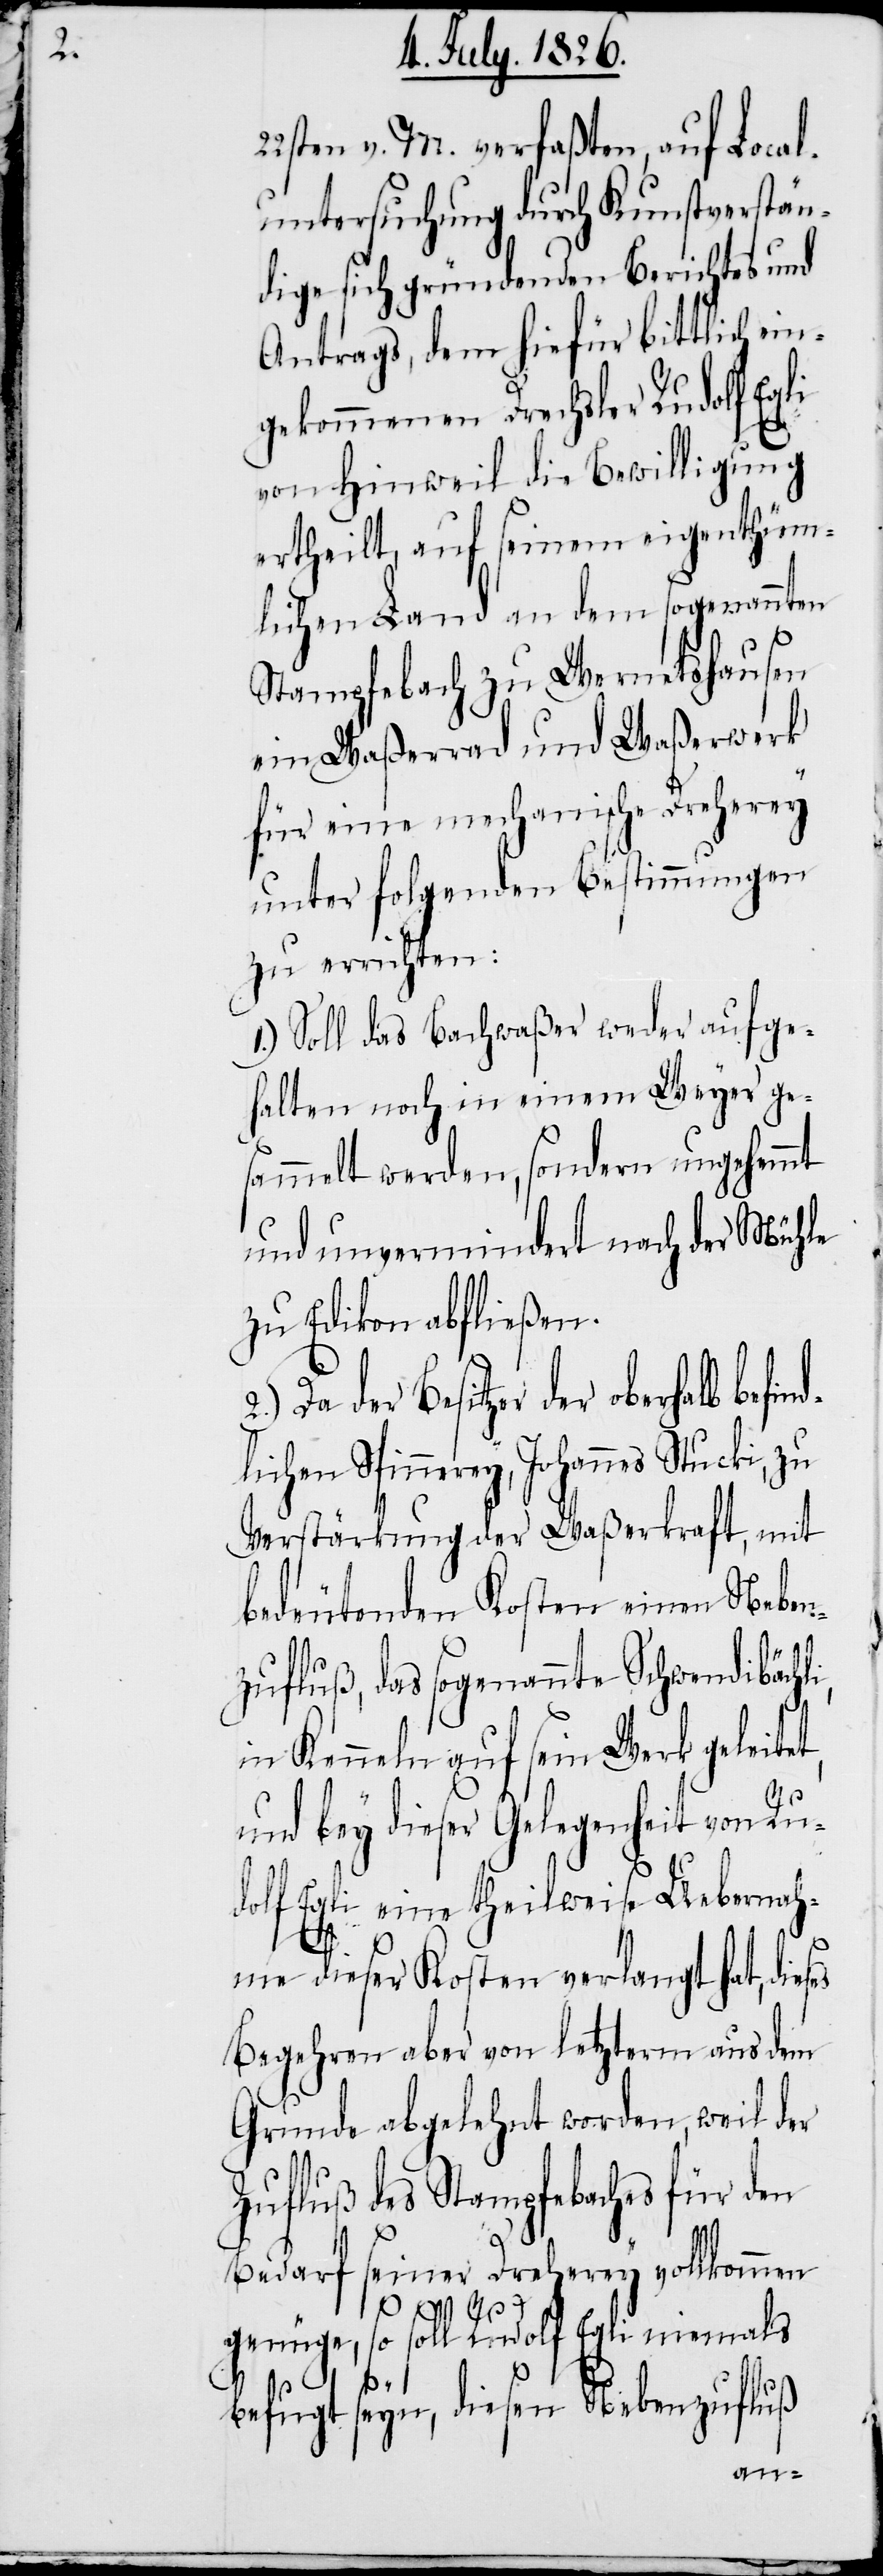
2.)

22sten v. M. verfaßten, auf Local¬
untersuchung durch Kunstverstän¬
dige sich gründenden Berichtes und
Antrags, dem hiefür bittlich ein¬
gekommenen Drechsler Rudolf Egli
von Hinweil die Bewilligung
ertheilt, auf seinem eigenthüm¬
lichen Land an dem sogenannten
Stampfebach zu Wernetshausen
ein Waßerrad und Waßerwerk
für eine mechanische Dreherey
unter folgenden Bestimmungen
zu errichten:
1.) Soll das Bachwaßer weder aufge¬
halten noch in einem Weyer ge¬
sammelt werden, sondern ungehemmt
und unvermindert nach der Mühle
zu Edikon abfließen.
Da der Besitzer der oberhalb befin¬
dlichen Spinnerey, Johannes Stucki, zu
Verstärkung der Waßerkraft, mit
bedeutenden Kosten einen Neben¬
zufluß, das sogenannte Schwendibächli,
in Kenneln auf sein Werk geleitet,
und bey dieser Gelegenheit von Ru¬
dolf Egli eine theilweise Uebernah¬
me dieser Kosten verlangt hat, dieses
Begehren aber von letzterm aus dem
Grunde abgelehnt worden, weil der
Zufluß des Stampfebaches für den
Bedarf seiner Dreherey vollkommen
genüge, so soll Rudolf Egli niemals
befugt seyn, diesen Nebenzufluß